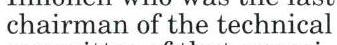
chairman of the technical